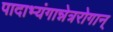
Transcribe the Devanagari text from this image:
पादाभ्यंगान्नेत्ररोगान्